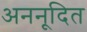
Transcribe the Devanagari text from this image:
अननूदित